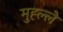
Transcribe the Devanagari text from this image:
मुह्ल्ले